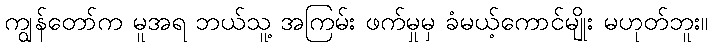
ကျွန်တော်က မူအရ ဘယ်သူ့ အကြမ်း ဖက်မှုမှ ခံမယ့်ကောင်မျိုး မဟုတ်ဘူး။